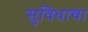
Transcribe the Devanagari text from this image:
सुविधाचा